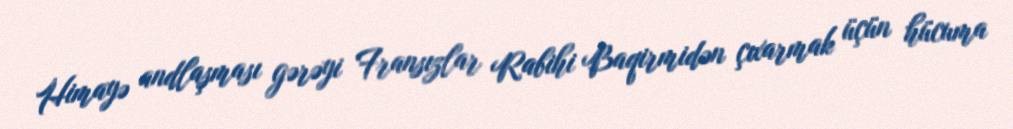
Himayə andlaşması gərəyi Fransızlar Rabihi Baqirmidən çıxarmak üçün hücuma